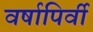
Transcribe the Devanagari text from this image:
वर्षापिर्वी